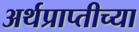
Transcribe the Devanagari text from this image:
अर्थप्राप्तीच्या